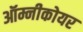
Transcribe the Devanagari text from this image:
ऑम्नीकोयर